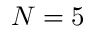
N = 5